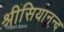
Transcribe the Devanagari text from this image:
श्रीसियानन्द